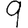
Digit: 9